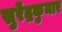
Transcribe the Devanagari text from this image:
सुरेंद्रकुमार